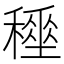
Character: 𥢤